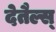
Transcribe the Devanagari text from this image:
देतैल्स्